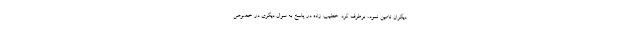
دیگران تامین نمود، برطرف کرد. خطیب زاده در پاسخ به سوال دیگری در خصوص